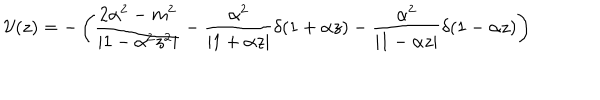
{ \cal V } ( z ) = - \left( \frac { 2 \alpha ^ { 2 } - m ^ { 2 } } { | 1 - \alpha ^ { 2 } z ^ { 2 } | } - \frac { \alpha ^ { 2 } } { | 1 + \alpha z | } \delta ( 1 + \alpha z ) - \frac { \alpha ^ { 2 } } { | 1 - \alpha z | } \delta ( 1 - \alpha z ) \right)